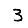
Digit: 3